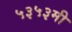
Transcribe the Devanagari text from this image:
५३५३मी